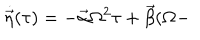
\dot { \vec { \eta } } ( \tau ) = - \vec { \alpha } \Omega ^ { 2 } \tau + \vec { \beta } ( \Omega -